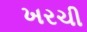
ખરચી